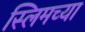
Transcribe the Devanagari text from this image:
स्लिमच्या